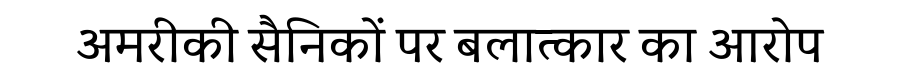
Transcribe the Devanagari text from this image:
अमरीकी सैनिकों पर बलात्कार का आरोप